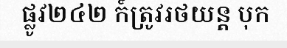
ផ្លូវ២៤២ ក៍ត្រូវរថយន្ត បុក